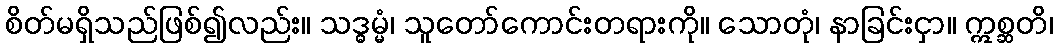
စိတ်မရှိသည်ဖြစ်၍လည်း။ သဒ္ဓမ္မံ၊ သူတော်ကောင်းတရားကို။ သောတုံ၊ နာခြင်းငှာ။ ဣစ္ဆတိ၊